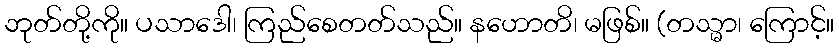
ဘုတ်တို့ကို။ ပသာဒေါ၊ ကြည်စေတတ်သည်။ နဟောတိ၊ မဖြစ်။ (တသ္မာ၊ ကြောင့်။